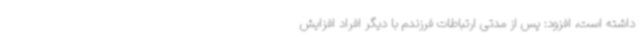
داشته است، افزود: پس از مدتی ارتباطات فرزندم با دیگر افراد افزایش